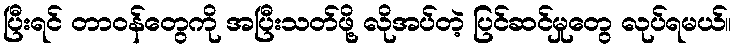
ပြီးရင် တာဝန်တွေကို အပြီးသတ်ဖို့ လိုအပ်တဲ့ ပြင်ဆင်မှုတွေ လုပ်ရမယ်။